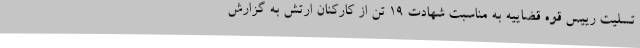
تسلیت رییس قوه قضاییه به مناسبت شهادت 19 تن از کارکنان ارتش به گزارش